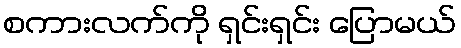
စကားလက်ကို ရှင်းရှင်း ပြောမယ်